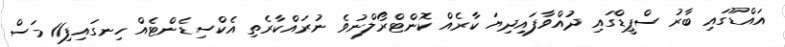
އައްޑޫގައި ބާރު ސްޕީޑްގައި ދުއްވާފައިދިޔަ ކާރެއް ކޮންޓްރޯލްނުވެ ނުރައްކާރެތި އެކްސިޑެންޓެއް ހިނގައިފި11 މަސް